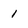
Character: 1